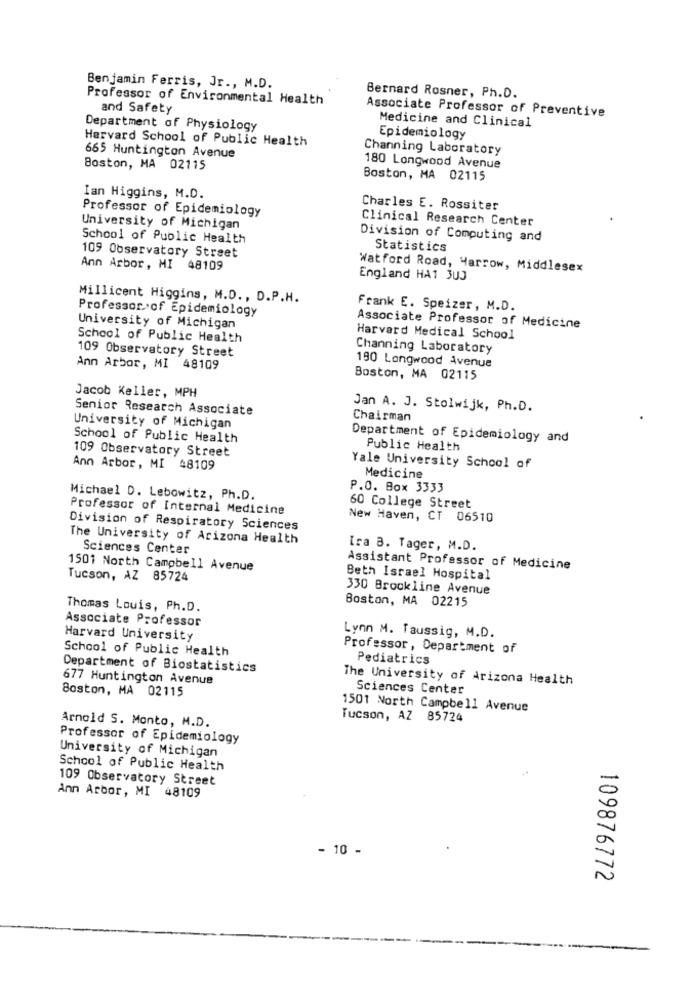
Benjamin Ferris, Jr ., M.D.
Professor of Environmental Health
Bernard Rosner, Ph.D.
and Safety
Associate Professor of Preventive
Medicine and Clinical
Department of Physiology
Harvard School of Public Health
Epidemiology
Channing Laboratory
665 Huntington Avenue
Boston, MA 02115
180 Longwood Avenue
Boston, MA 02115
Ian Higgins, M.D.
Professor of Epidemiology
Charles E. Rossiter
Clinical Research Center
University of Michigan
School of Public Health
Division of Computing and
Statistics
109 Observatory Street
Ann Arbor, MI 48109
Watford Road, Harrow, Middlesex
England HA1 3UJ
Millicent Higgins, M.D. , D.P.H.
Professorof Epidemiology
Frank E. Speizer, M.D.
University of Michigan
Associate Professor of Medicine
School of Public Health
Harvard Medical School
109 Observatory Street
Channing Laboratory
190 Longwood Avenue
Ann Arbor, MI 48109
Boston, MA 02115
Jacob Keller, MPH
Senior Research Associate
Jan A. J. Stolwijk, Ph.D.
Chairman
University of Michigan
School of Public Health
Department of Epidemiology and
109 Observatory Street
Public Health
Ann Arbor, MI 48109
Yale University School of
Medicine
P.O. Box 3333
Michael D. Lebowitz, Ph.D.
Professor of Internal Medicine
60 College Street
New Haven, CT 06510
Division of Respiratory Sciences
The University of Arizona Health
Sciences Center
Ira B. Tager, M.D.
1501 North Campbell Avenue
Assistant Professor of Medicine
Tucson, AZ 85724
Beth Israel Hospital
330 Brookline Avenue
Boston, MA 02215
Thomas Louis, Ph.D.
Associate Professor
Harvard University
Lynn M. Taussig, M.D.
School of Public Health
Professor, Department of
Pediatrics
Department of Biostatistics
677 Huntington Avenue
The University of Arizona Health
Boston, MA 02115
Sciences Center
1501 North Campbell Avenue
Arnold S. Monto, M.D.
Tucson, AZ 85724
Professor of Epidemiology
University of Michigan
School of Public Health
109 Observatory Street
Ann Arbor, MI 48109
- 10 -
109876772